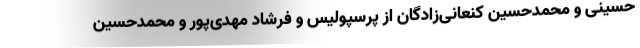
حسینی و محمدحسین کنعانی‌زادگان از پرسپولیس و فرشاد مهدی‌پور و محمدحسین